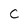
Character: C